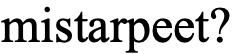
mistarpeet?